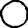
Digit: 0